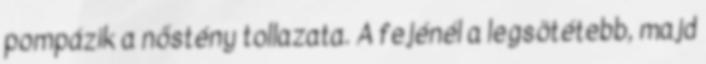
pompázik a nőstény tollazata. A fejénél a legsötétebb, majd